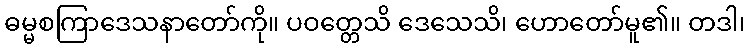
ဓမ္မစကြာဒေသနာတော်ကို။ ပဝတ္တေသိ ဒေသေသိ၊ ဟောတော်မူ၏။ တဒါ၊